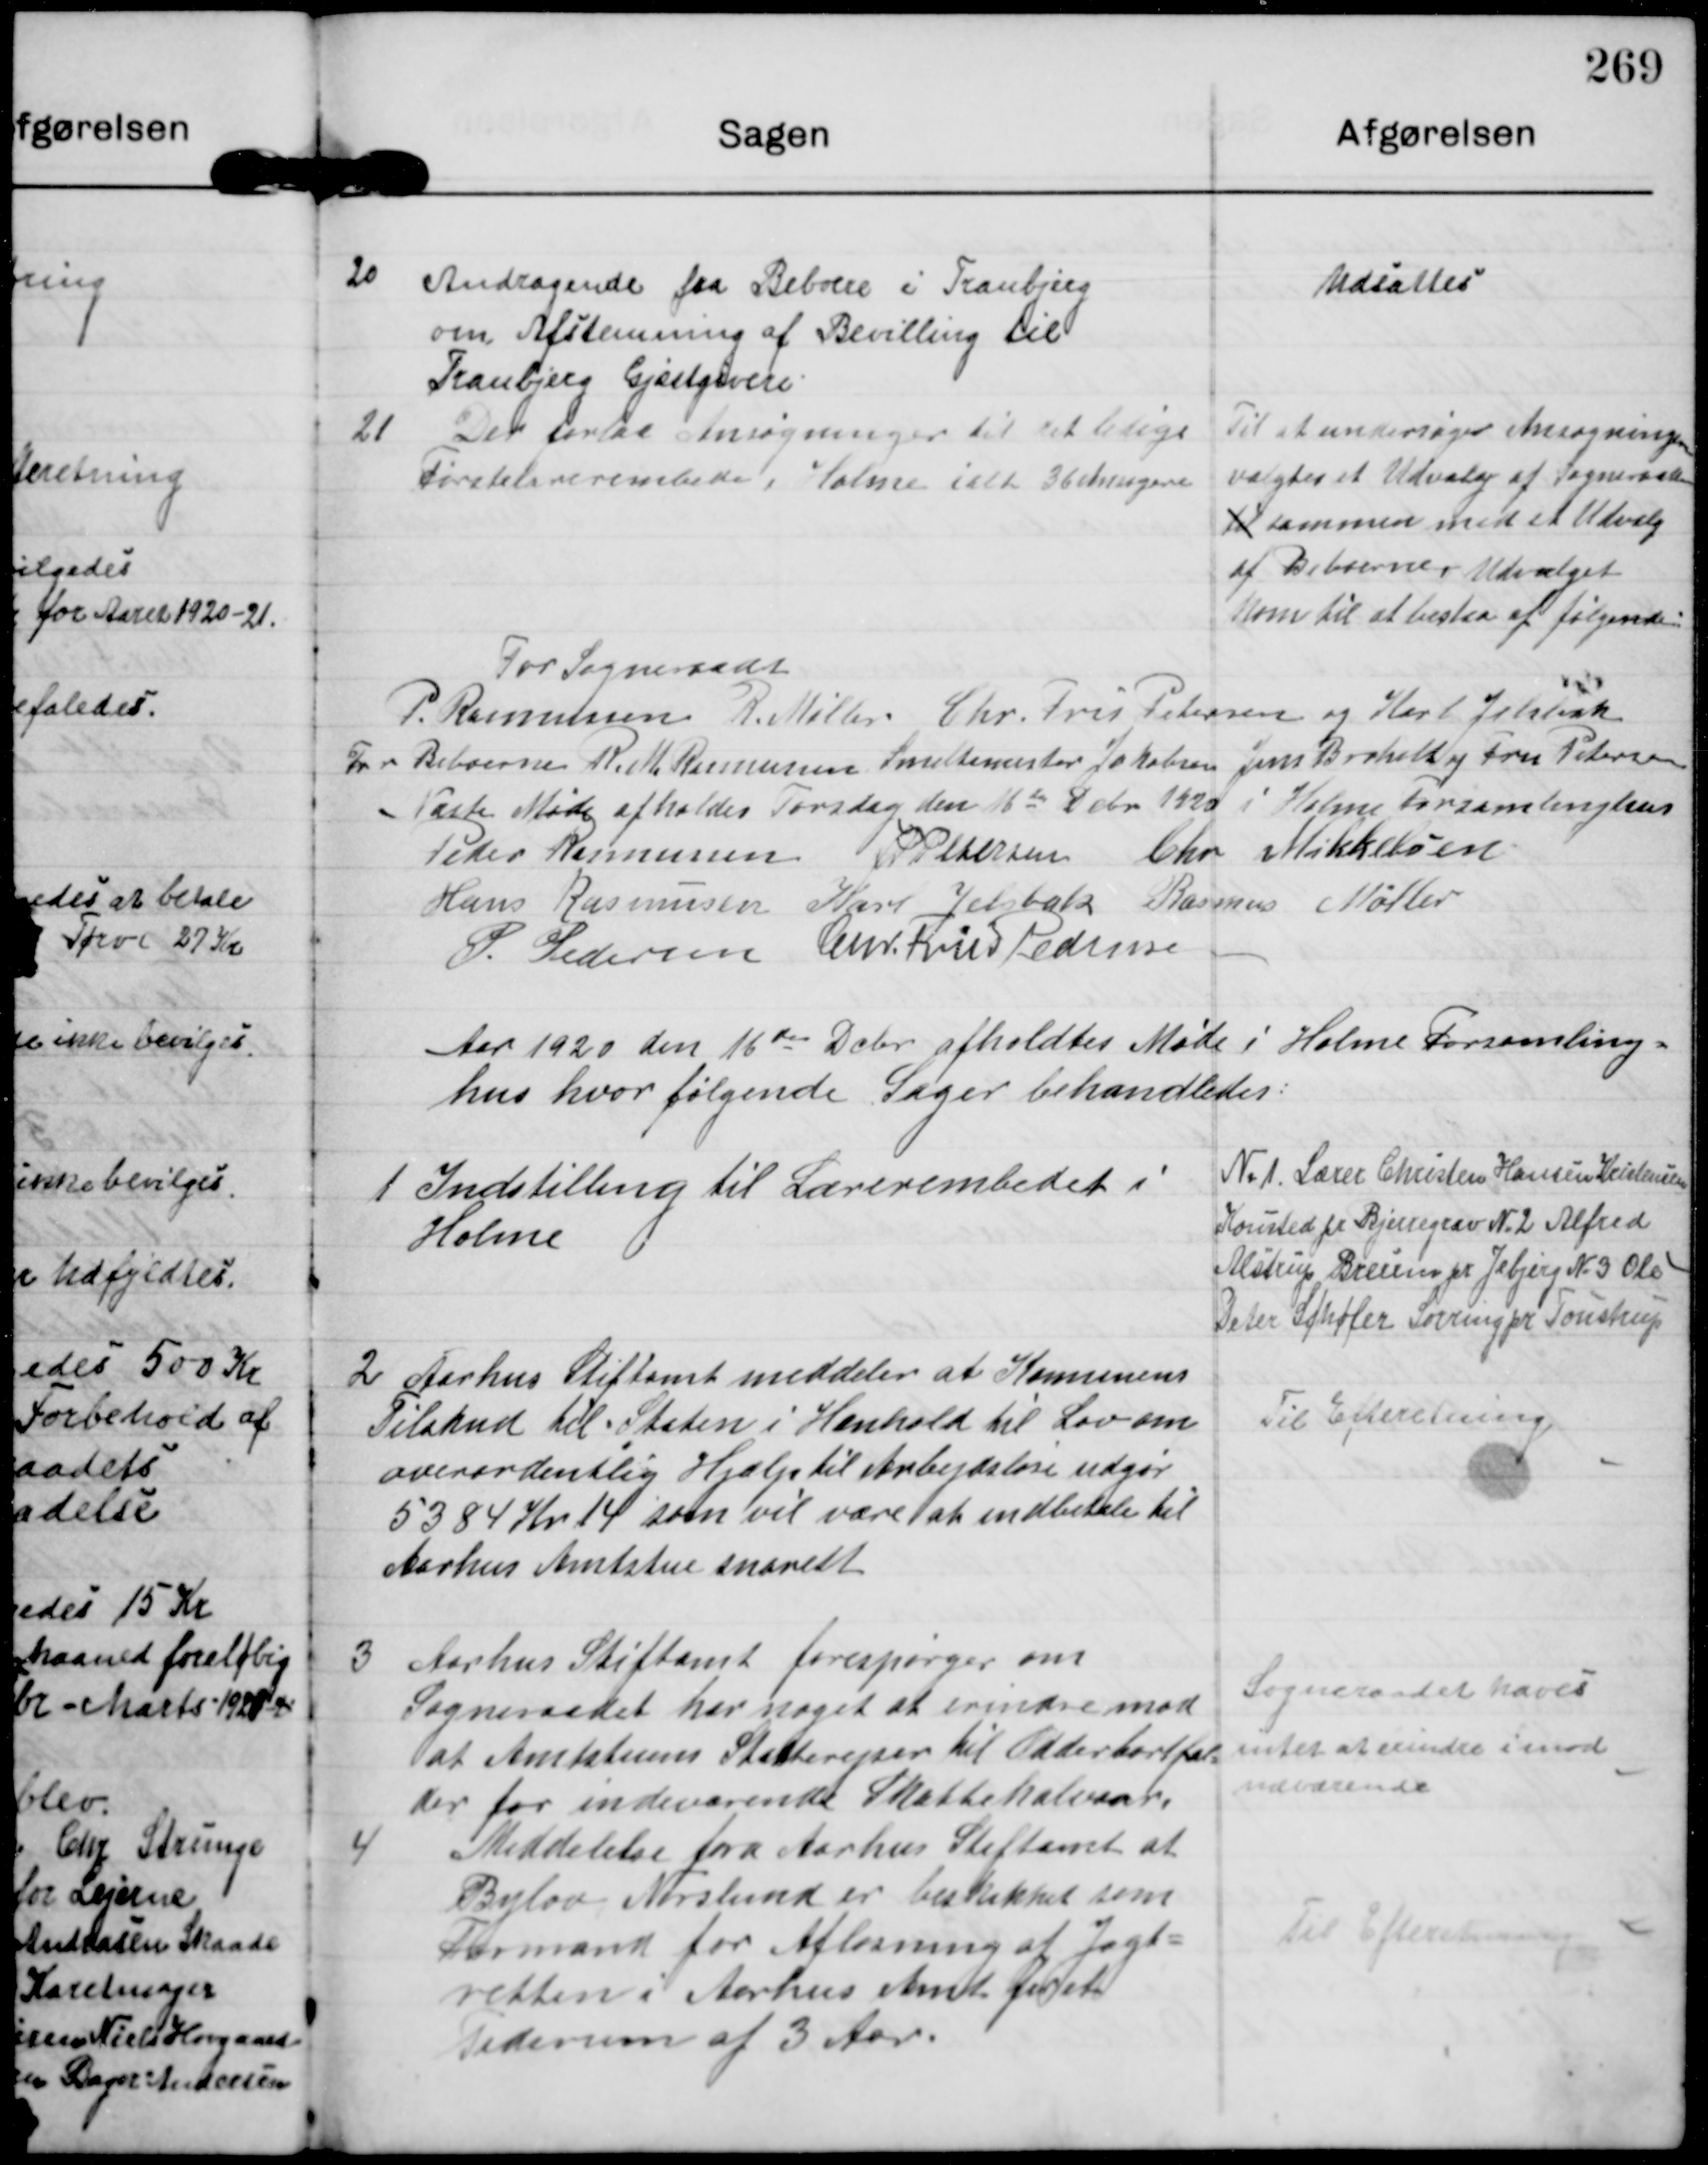
Transskription:
20

Andragende fra Beboere i Tranbjerg
om Afstemning af Bevilling til
Tranbjerg Gjæstgiveri

Udsattes

21

Der forlaa Ansøgninger til det ledige
Førstelærerembede i Holme ialt 36 ansøgere

Til at undersøge Ansøgningerne
valgtes et Udvalg af Sogneraad
til sammen med et Udvalg
af Beboerne. Udvalget
kom til at bestaa af følgende:

For Sogneraad
P Rasmussen R. Møller Chr. Friis Pedersen og Karl Jelsbak
For Beboerne Ruth Rasmussen Smedemester Jakobsen Jens Broholt og Fru Petersen

Næste Møde afholdes Torsdag den 16de Debr 1920 i Holme Forsamlinghus

Peder Rasmussen JP Pedersen Chr. Mikkelsen
Hans Rasmussen Karl Jelsbak Rasmus Møller
P. Pedersen Chr. Friis Pedersen

Aar 1920 den 16de Debr afholdtes Møde i Holme Forsamling-
hus hvor følgende Sager behandledes.

1

Indstilling til Lærerembedet i
Holme

N.1 Lærer Christen Hansen Kristensen
Kousted pr Bjerregrav N.2 Alfred
Alstrup Breum pr. Jebjerg N.3 Ole
Peter Schøler Sorring pr Toustrup

2

Aarhus Stiftamt meddeler at Komunens
Tilskud til Staten i Henhold til Lov om
overordentlig Hjælp til Anbejdsløse udgør
5384 Kr 14 som vil være at indbetale til
Aarhus Amtstue snarest

Til Efteretning.

3

Aarhus Stiftamt forespørger om
Sogneraadet har noget at erindre mod
at Amtstuens Statterejser til Odder bortfal-
der for indeværende Skattehalvaar.

Sogneraadet haves
intet at erindre imod
nærværende

4

Meddelelse fra Aarhus Stiftamt at
Bylov Norslund er beskikket som
Formand for Afløsning af Jagt-
retten i Aarhus Amt for et
Tidsrum af 3 Aar.

Til Efterretning